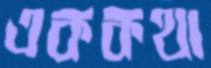
এককথা